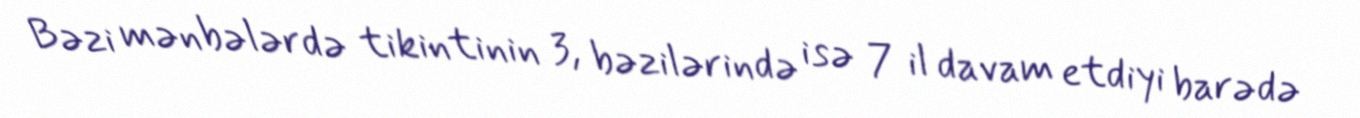
Bəzi mənbələrdə tikintinin 3, bəzilərində isə 7 il davam etdiyi barədə